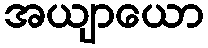
အယျာယော